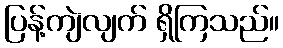
ပြန့်ကျဲလျက် ရှိကြသည်။